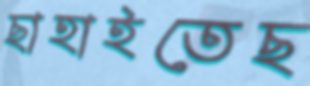
ছাহাইতেছ